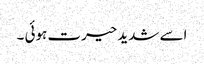
اسے شدید حیرت ہوئی ۔